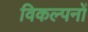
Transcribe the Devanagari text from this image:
विकल्पनों